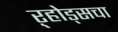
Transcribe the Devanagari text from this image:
ऱ्होड्सचा